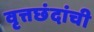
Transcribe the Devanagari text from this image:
वृत्तछंदांची